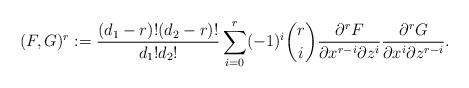
LaTeX: \begin{align*}(F, G)^r := \frac{(d_1- r)!(d_2 - r)!}{d_1!d_2!} \sum_{i=0}^r (-1)^i \binom{r}{i} \frac{\partial^r F}{\partial x^{r-i} \partial z^i}\frac{\partial^r G}{\partial x^{i} \partial z^{r-i}}.\end{align*}